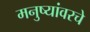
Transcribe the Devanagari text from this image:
मनुष्यांवरचे